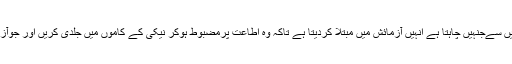
اللہ تعالیٰ اپنے بندوں میں سےجنہیں چاہتا ہے انہیں آزمائش میں مبتلا کردیتا ہے تاکہ وہ اطاعت پرمضبوط ہوکر نیکی کے کاموں میں جلدی کریں اور جوآزمائش انہیں پہنچی ہے ۔